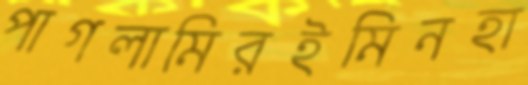
পাগলামিরইমিনহা